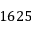
1 6 2 5